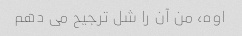
اوه، من آن را شل ترجیح می دهم